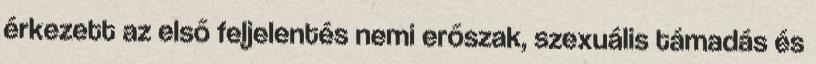
érkezett az első feljelentés nemi erőszak, szexuális támadás és